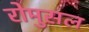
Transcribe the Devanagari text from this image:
रोमुसल